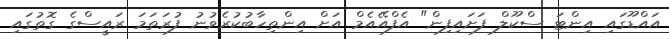
އައްޑޫގައި އިންޓަ ސްކޫލް ފަށައިފިން" އެފްއޭއެމް އަށް އިންތިހާބުކުރެވުނު ފުރަތަމަ ރައީސްގެ ގޮތުގައި